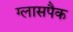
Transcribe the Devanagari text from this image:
ग्लासपैक